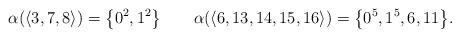
LaTeX: \begin{align*}\alpha(\langle 3,7,8\rangle) =\big\{0^2, 1^2\big\}\qquad\alpha(\langle 6,13,14,15,16\rangle) =\big\{0^5, 1^5, 6, 11\big\}.\end{align*}